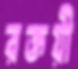
রক্তয়ী